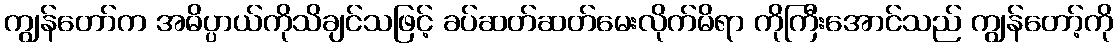
ကျွန်တော်က အဓိပ္ပာယ်ကိုသိချင်သဖြင့် ခပ်ဆတ်ဆတ်မေးလိုက်မိရာ ကိုကြီးအောင်သည် ကျွန်တော့်ကို